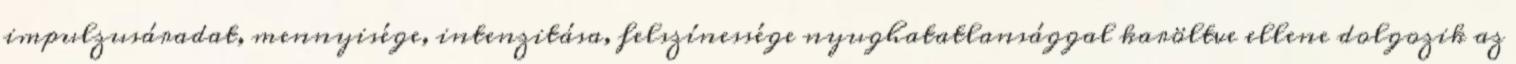
impulzusáradat, mennyisége, intenzitása, felszínessége nyughatatlansággal karöltve ellene dolgozik az